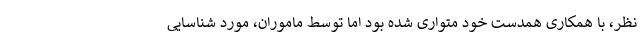
نظر، با همکاری همدست خود متواری شده بود اما توسط ماموران، مورد شناسایی